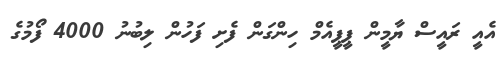
އެއީ ރައީސް ޔާމީން ޕީޕީއެމް ހިންގަން ފެށި ފަހުން ލިބުނު 4000 ފޯމުގެ